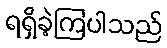
ရရှိခဲ့ကြပါသည်